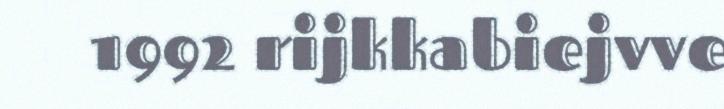
1992 rijkkabiejvve